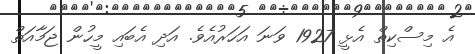
އެ މިސްކިތް އެޅީ 1927 ވަނަ އަހަރުއެވެ. އަދި އެބައި މީހުން ޖަމާއަތް